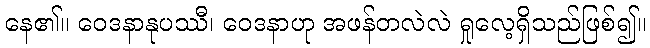
နေ၏။ ဝေဒနာနုပဿီ၊ ဝေဒနာဟု အဖန်တလဲလဲ ရှုလေ့ရှိသည်ဖြစ်၍။